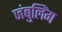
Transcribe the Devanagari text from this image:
जंबुलिंग